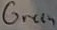
Text: Green